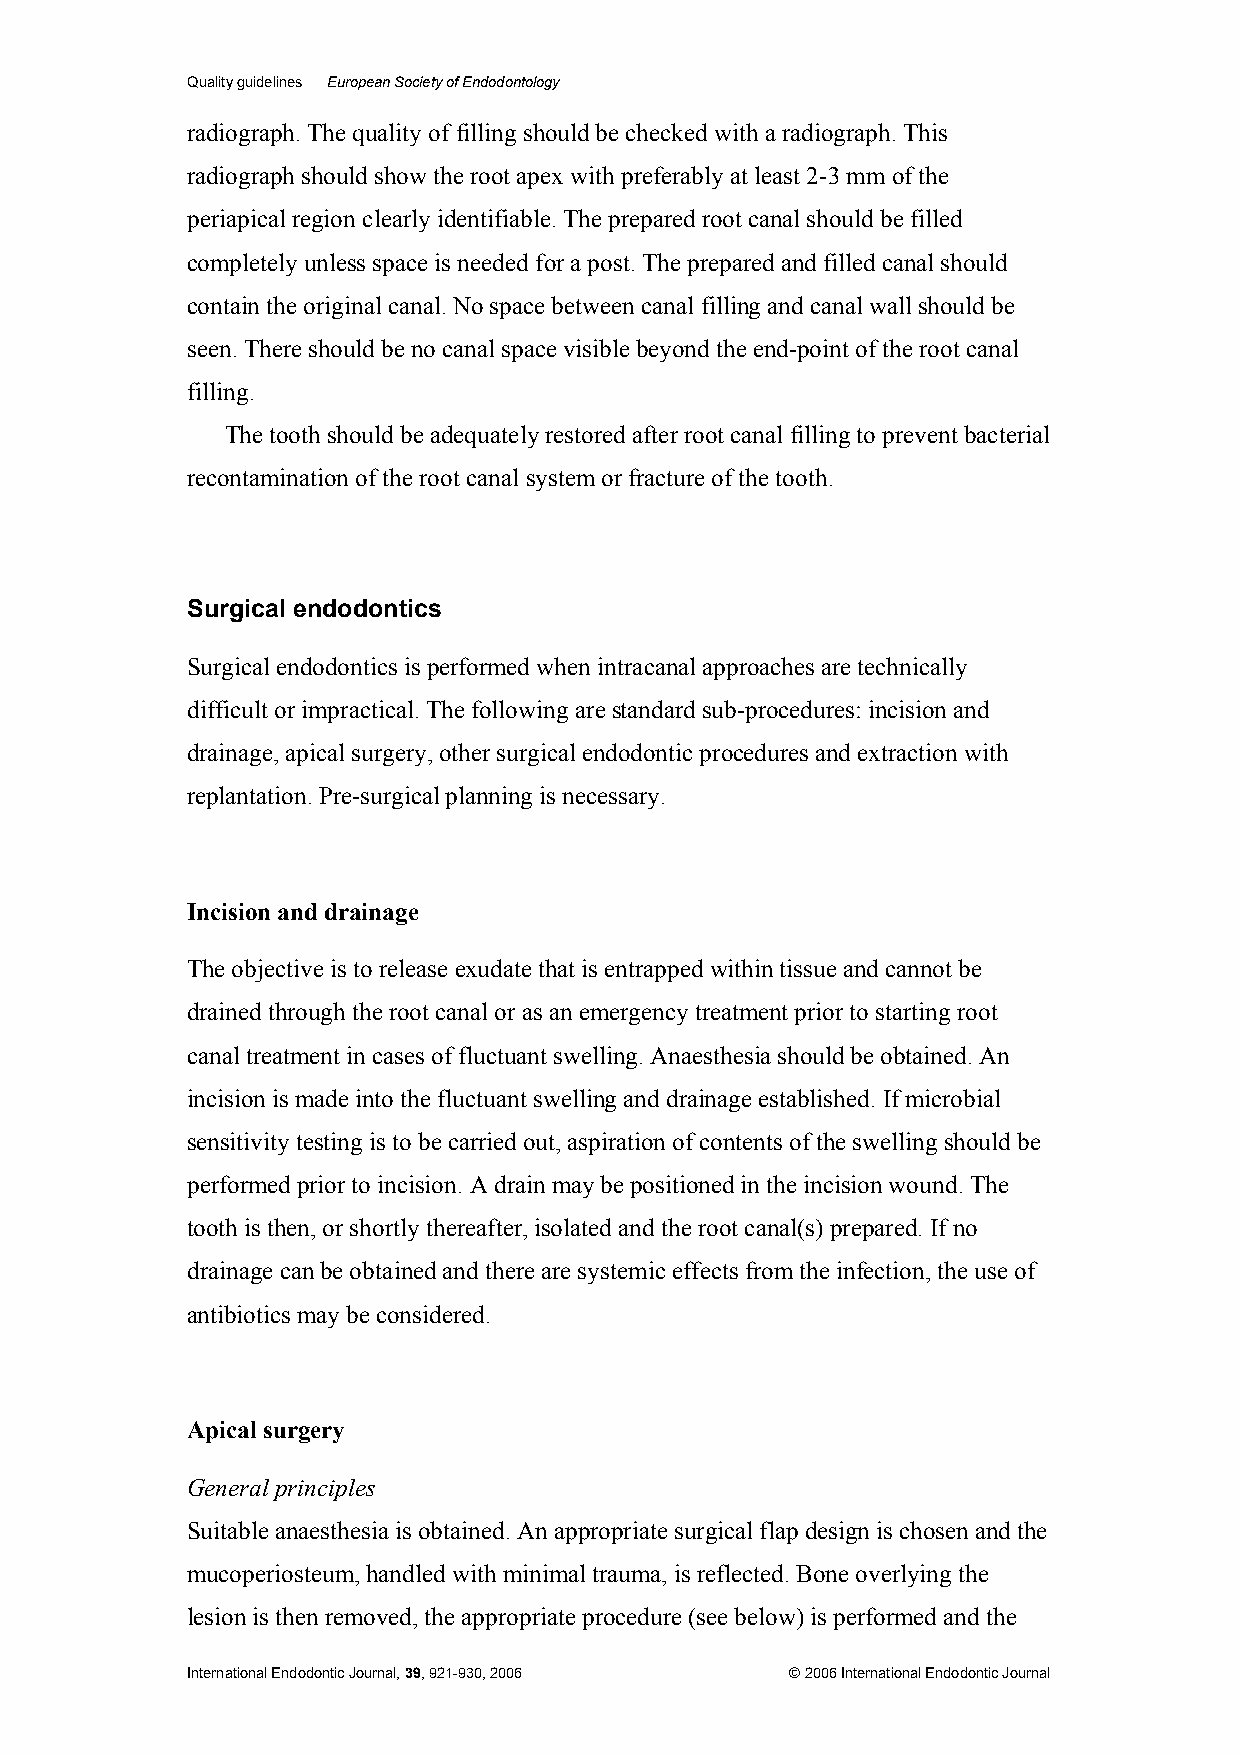
Quality guidelines European Society of Endodontology
 radiograph. The quality of filling should be checked with a radiograph. This
 radiograph should show the root apex with preferably at least 2-3 mm of the
 periapical region clearly identifiable. The prepared root canal should be filled
 completely unless space is needed for a post. The prepared and filled canal should
 contain the original canal. No space between canal filling and canal wall should be
 seen. There should be no canal space visible beyond the end-point of the root canal
 filling.
 The tooth should be adequately restored after root canal filling to prevent bacterial
 recontamination of the root canal system or fracture of the tooth.
 Surgical endodontics
 Surgical endodontics is performed when intracanal approaches are technically
 difficult or impractical. The following are standard sub-procedures: incision and
 drainage, apical surgery, other surgical endodontic procedures and extraction with
 replantation. Pre-surgical planning is necessary.
 Incision and drainage
 The objective is to release exudate that is entrapped within tissue and cannot be
 drained through the root canal or as an emergency treatment prior to starting root
 canal treatment in cases of fluctuant swelling. Anaesthesia should be obtained. An
 incision is made into the fluctuant swelling and drainage established. If microbial
 sensitivity testing is to be carried out, aspiration of contents of the swelling should be
 performed prior to incision. A drain may be positioned in the incision wound. The
 tooth is then, or shortly thereafter, isolated and the root canal(s) prepared. If no
 drainage can be obtained and there are systemic effects from the infection, the use of
 antibiotics may be considered.
 Apical surgery
 General principles
 Suitable anaesthesia is obtained. An appropriate surgical flap design is chosen and the
 mucoperiosteum, handled with minimal trauma, is reflected. Bone overlying the
 lesion is then removed, the appropriate procedure (see below) is performed and the
 International Endodontic Journal, 39, 921-930, 2006 © 2006 International Endodontic Journal